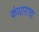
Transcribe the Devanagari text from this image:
कंधाराचा